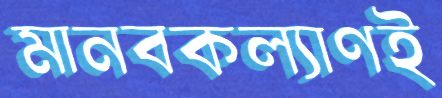
মানবকল্যাণই